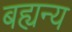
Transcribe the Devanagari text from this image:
बह्यन्य